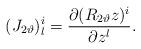
LaTeX: \begin{align*}(J_{2\vartheta})^i_l =\frac{\partial (R_{2\vartheta} z)^i}{\partial z^l} .\end{align*}